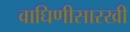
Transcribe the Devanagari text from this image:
वाघिणीसारखी